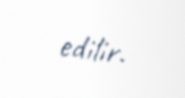
edilir.